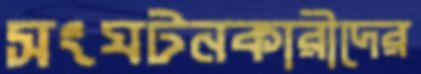
সংঘটনকারীদের